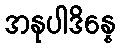
အနုပါဒိန္နေ